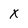
Character: x